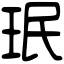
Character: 珉